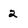
Character: 2